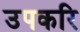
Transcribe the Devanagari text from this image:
उपकरि